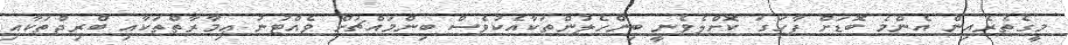
މީގެތެރެއިން އެންމެ ބޮޑަށް ފާހަގަ ކޮށްލެވެނީ ބިންހެލުންތަކާއެކުވެސް ބިންމައްޗަށް ވެއްޓުނު ޢިމާރާތްތަކާއި ބްރިޖްތަކާއި